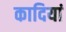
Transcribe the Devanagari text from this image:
कादियां